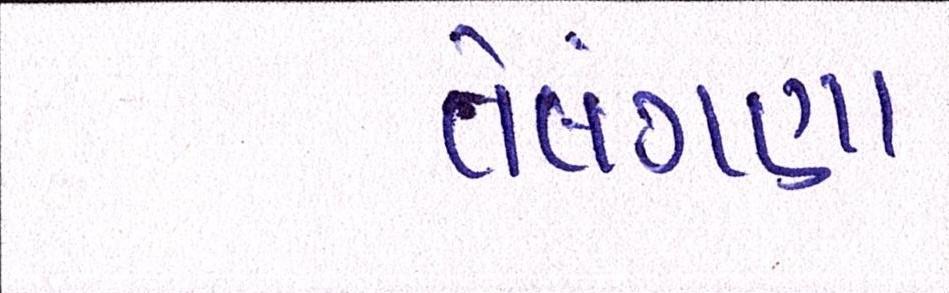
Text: તેલંગણા